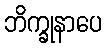
ဘိက္ခုနာပေ